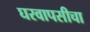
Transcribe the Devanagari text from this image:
घरवापसीचा